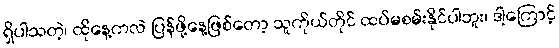
ရှိပါသတဲ့၊ ထိုနေ့ကလဲ ပြန်ဖို့နေ့ဖြစ်တော့ သူကိုယ်တိုင် ထပ်မစမ်းနိုင်ပါဘူး၊ ဒါ့ကြောင့်